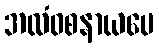
အလံဝစနာယပေ